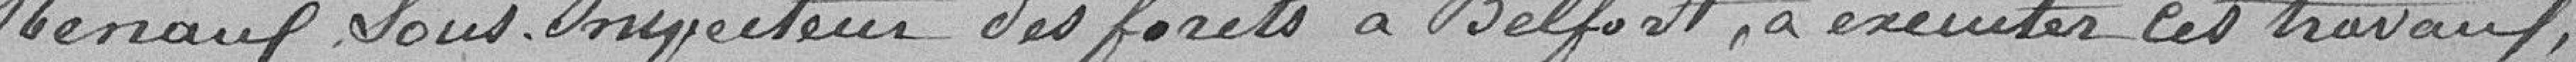
Menaul Louis, Inspecteur des forêts à Belfort, à exécuter ces travaux,